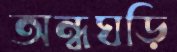
অন্ধঘড়ি